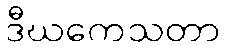
ဒီဃကေသတာ